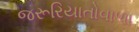
જરૂરિયાતોવાળા